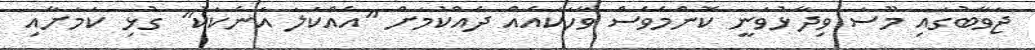
ޖަވާބުގައި މޫސަ ވިދާޅުވަނީ ކޮންމެވެސް ވާހަކައެއް ދެއްކުމަށް "އެއްކަލަ އަނެކަކު" ގުޅި ކަމަށާއި